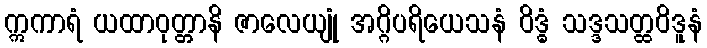
ဣကာရံ ယထာဝုတ္တာနိ ဇာလေယျုံ အဂ္ဂိပရိယေသနံ ဝိဒ္ဓံ သဒ္ဒသတ္ထဝိဒူနံ